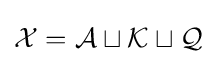
{\mathcal {X}}={\mathcal {A}}\sqcup {\mathcal {K}}\sqcup {\mathcal {Q}}